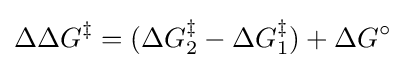
\Delta \Delta G^{\ddagger }=(\Delta G_{2}^{\ddagger }-\Delta G_{1}^{\ddagger })+\Delta G^{\circ }